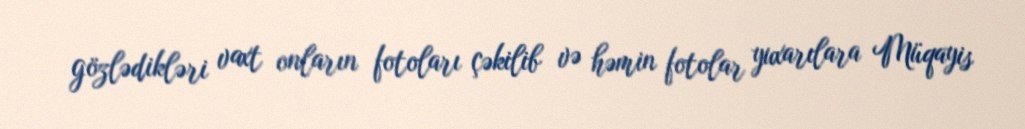
gözlədikləri vaxt onların fotoları çəkilib və həmin fotolar yuxarılara Müqayis